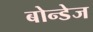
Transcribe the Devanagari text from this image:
बोन्डेज